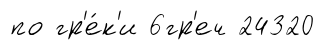
по гр'е́к'и 6гр'еч 24320